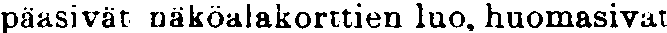
päasivät näköalakorttien luo, huomasivat